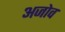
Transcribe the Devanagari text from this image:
अजोव